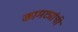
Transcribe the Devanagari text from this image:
कामट्यांची